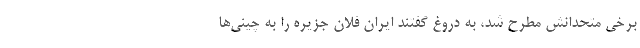
برخی متحدانش مطرح شد، به دروغ گفتند ایران فلان جزیره را به چینی‌ها